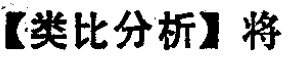
【类比分析】将